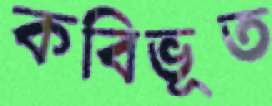
কবিভূত